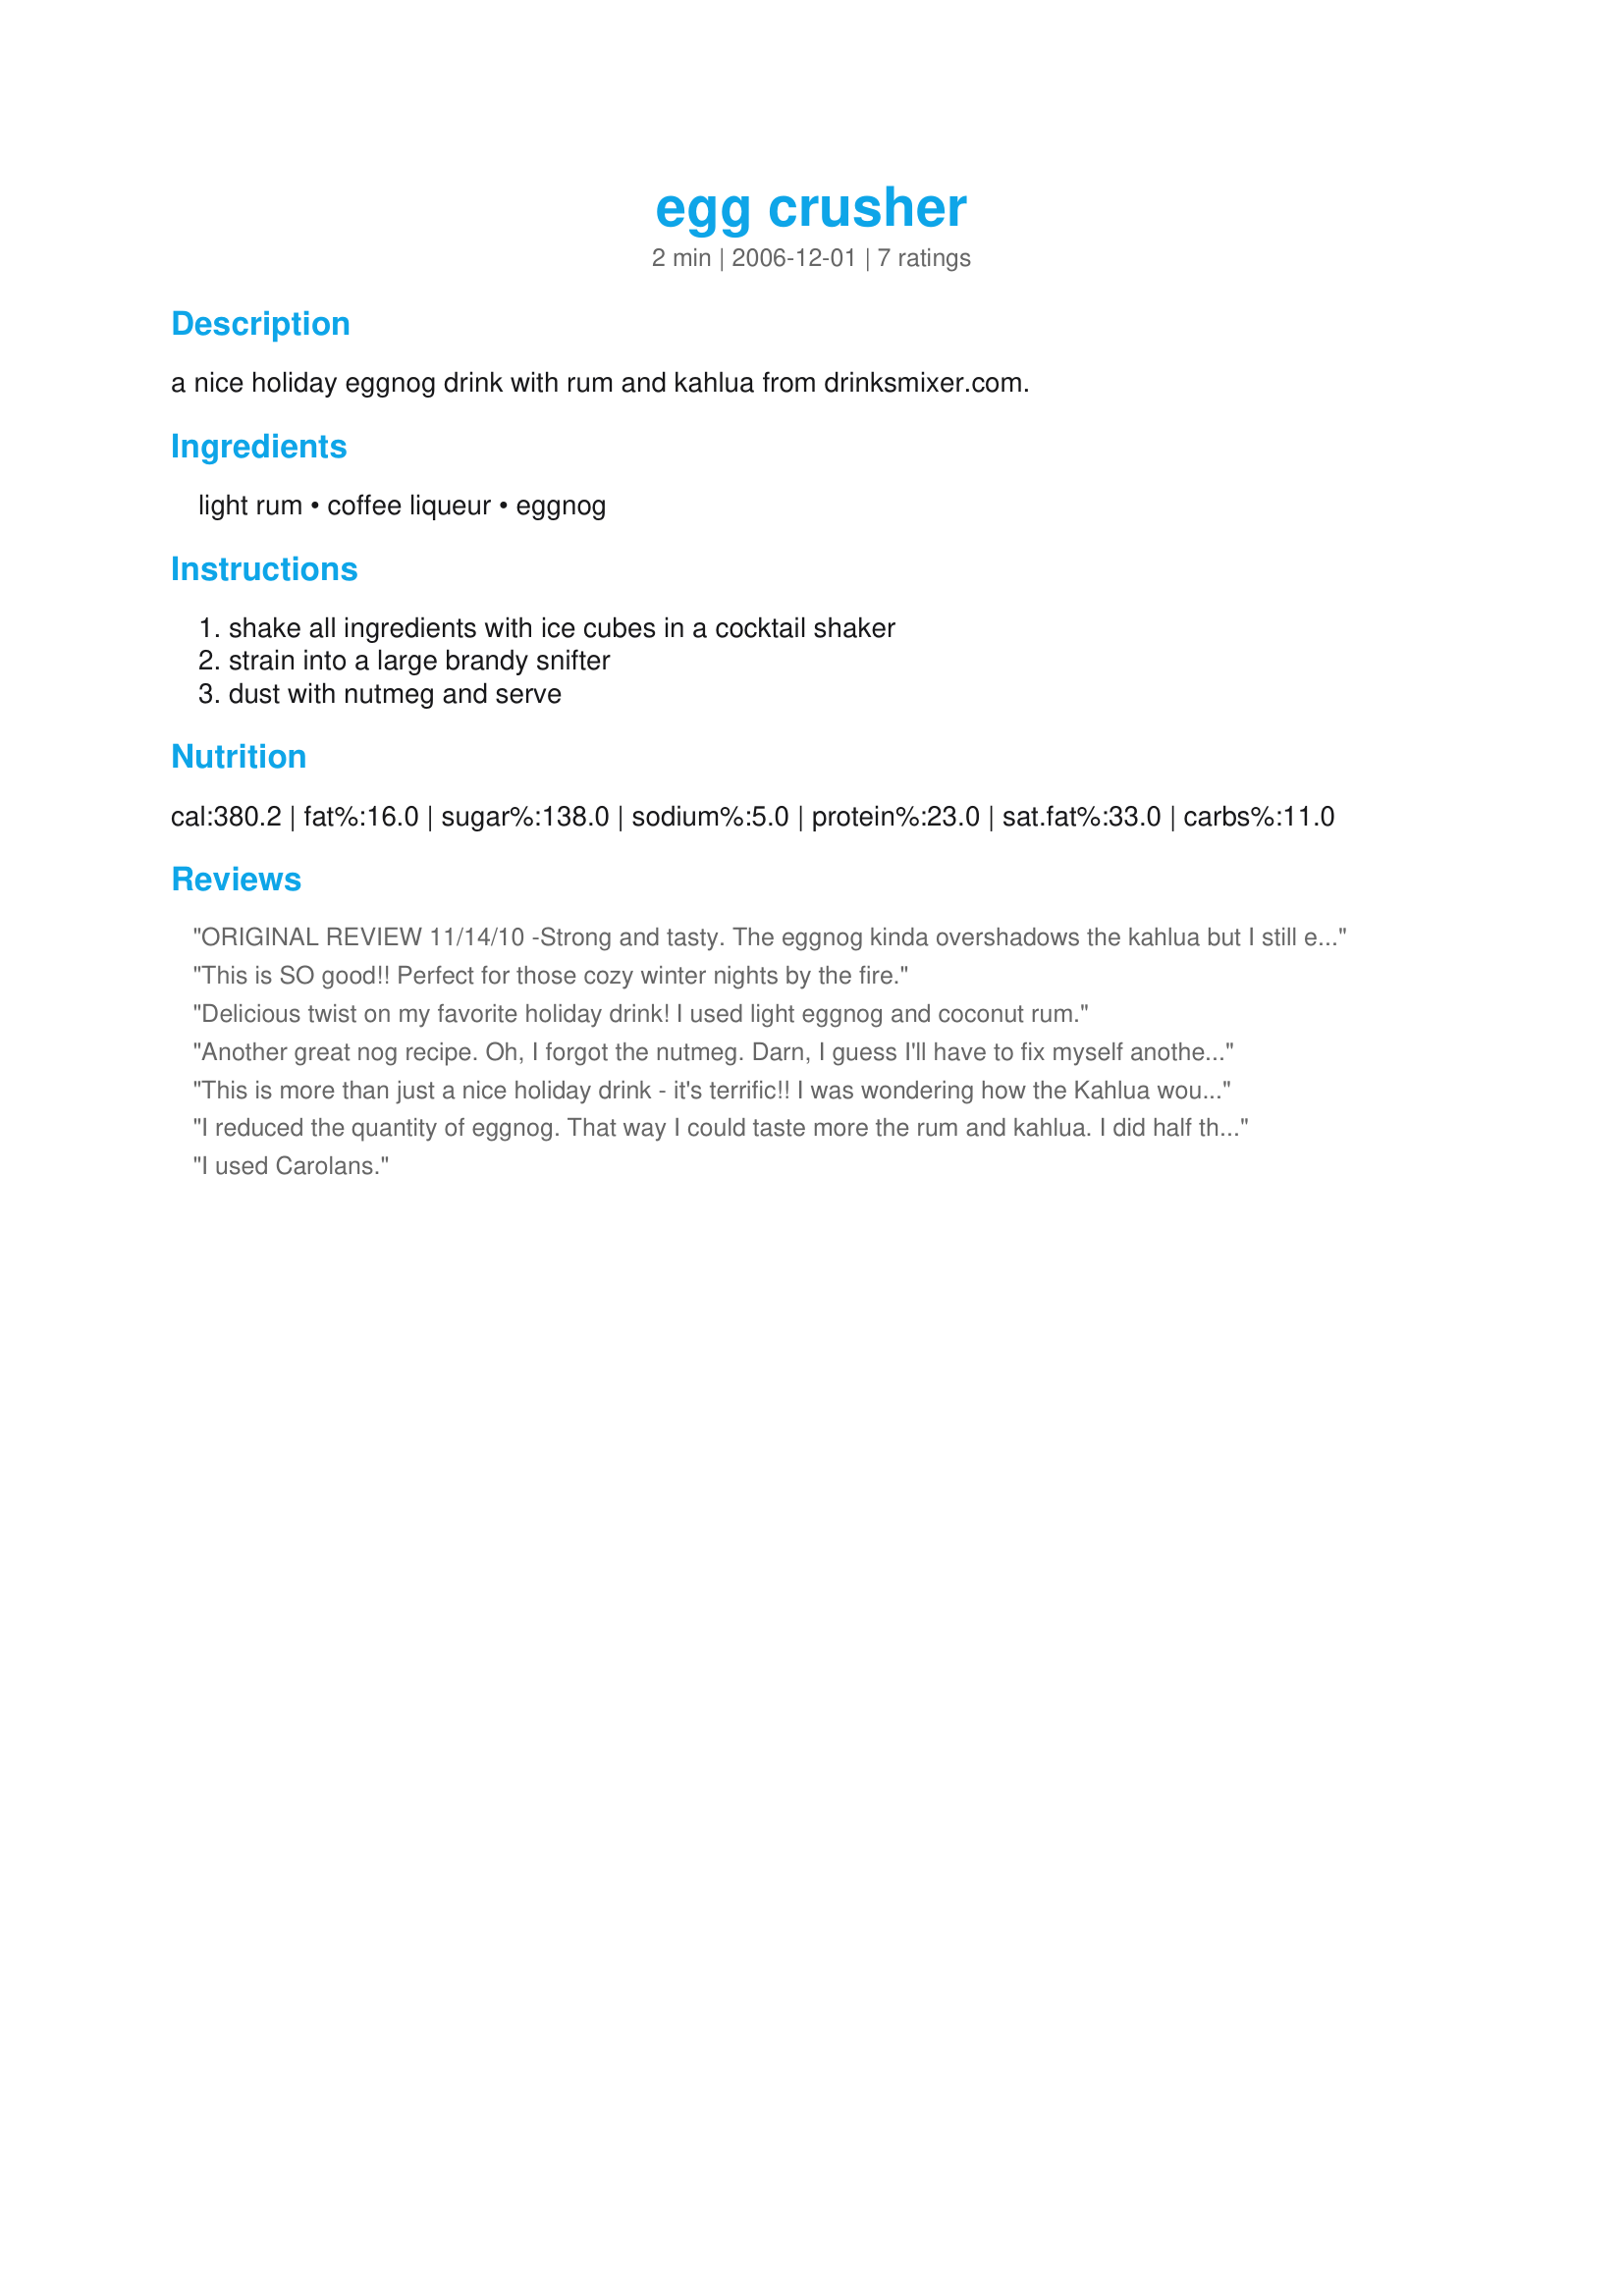
egg crusher
Preparation time: 2 minutes

a nice holiday eggnog drink with rum and kahlua from drinksmixer.com.

Ingredients:
light rum, coffee liqueur, eggnog

Steps:
shake all ingredients with ice cubes in a cocktail shaker, strain into a large brandy snifter, dust with nutmeg and serve

Reviews:
ORIGINAL REVIEW 11/14/10 -Strong and tasty. The eggnog kinda overshadows the kahlua but I still enjoyed. Thanks for sharing. **Edited to add stars.**
This is SO good!!
Perfect for those cozy winter nights by the fire.
Delicious twist on my favorite holiday drink! I used light eggnog and coconut rum.
Another great nog recipe. Oh, I forgot the nutmeg. Darn, I guess I'll have to fix myself another one. Like I needed a reason to make another. Thanks for sharing! Checking my notes and see I did not post this review.
This is more than just a nice holiday drink - it's terrific!! I was wondering how the Kahlua would be with the eggnog but it was SO good. Really loved this - it will be a holiday staple in my house - thanks for sharing the recipe!
I reduced the quantity of eggnog. That way I could taste more the rum and kahlua. I did half the drink so maybe I used 1/4 cup eggnog. Enough for me. Thanks Lazyme :) Made for beverage tag.
I used Carolans.
